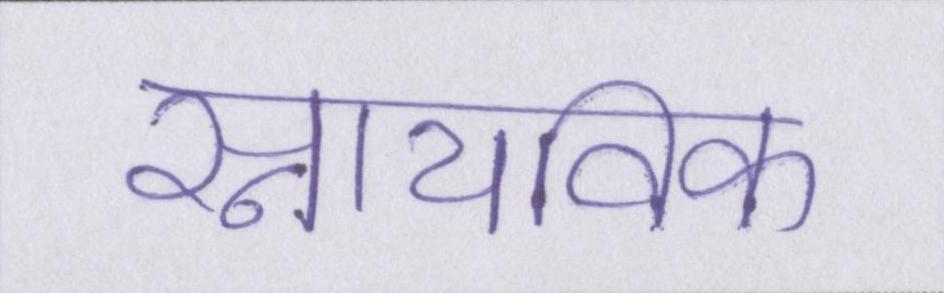
स्नायविक